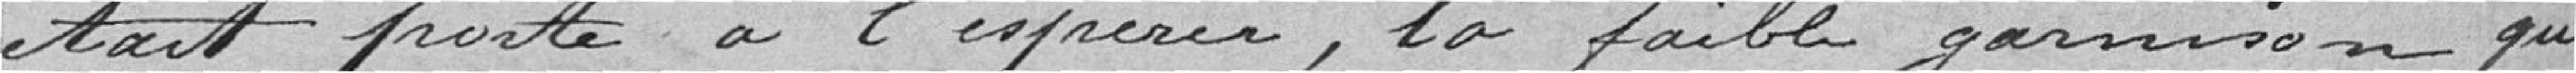
était porté à l'espérer , la faible garnison qui